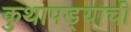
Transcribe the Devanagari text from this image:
कुथापड्याची